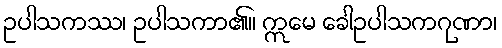
ဥပါသကဿ၊ ဥပါသကာ၏။ ဣမေ ခေါဥပါသကဂုဏာ၊